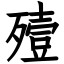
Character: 殪